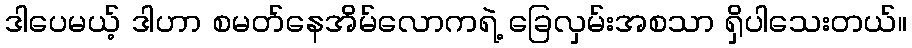
ဒါပေမယ့် ဒါဟာ စမတ်နေအိမ်လောကရဲ့ ခြေလှမ်းအစသာ ရှိပါသေးတယ်။